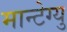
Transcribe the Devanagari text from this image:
मान्टेग्यु